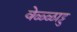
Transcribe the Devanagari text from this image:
वेळ्ळाट्टु